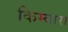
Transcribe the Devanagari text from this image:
किम्बारा